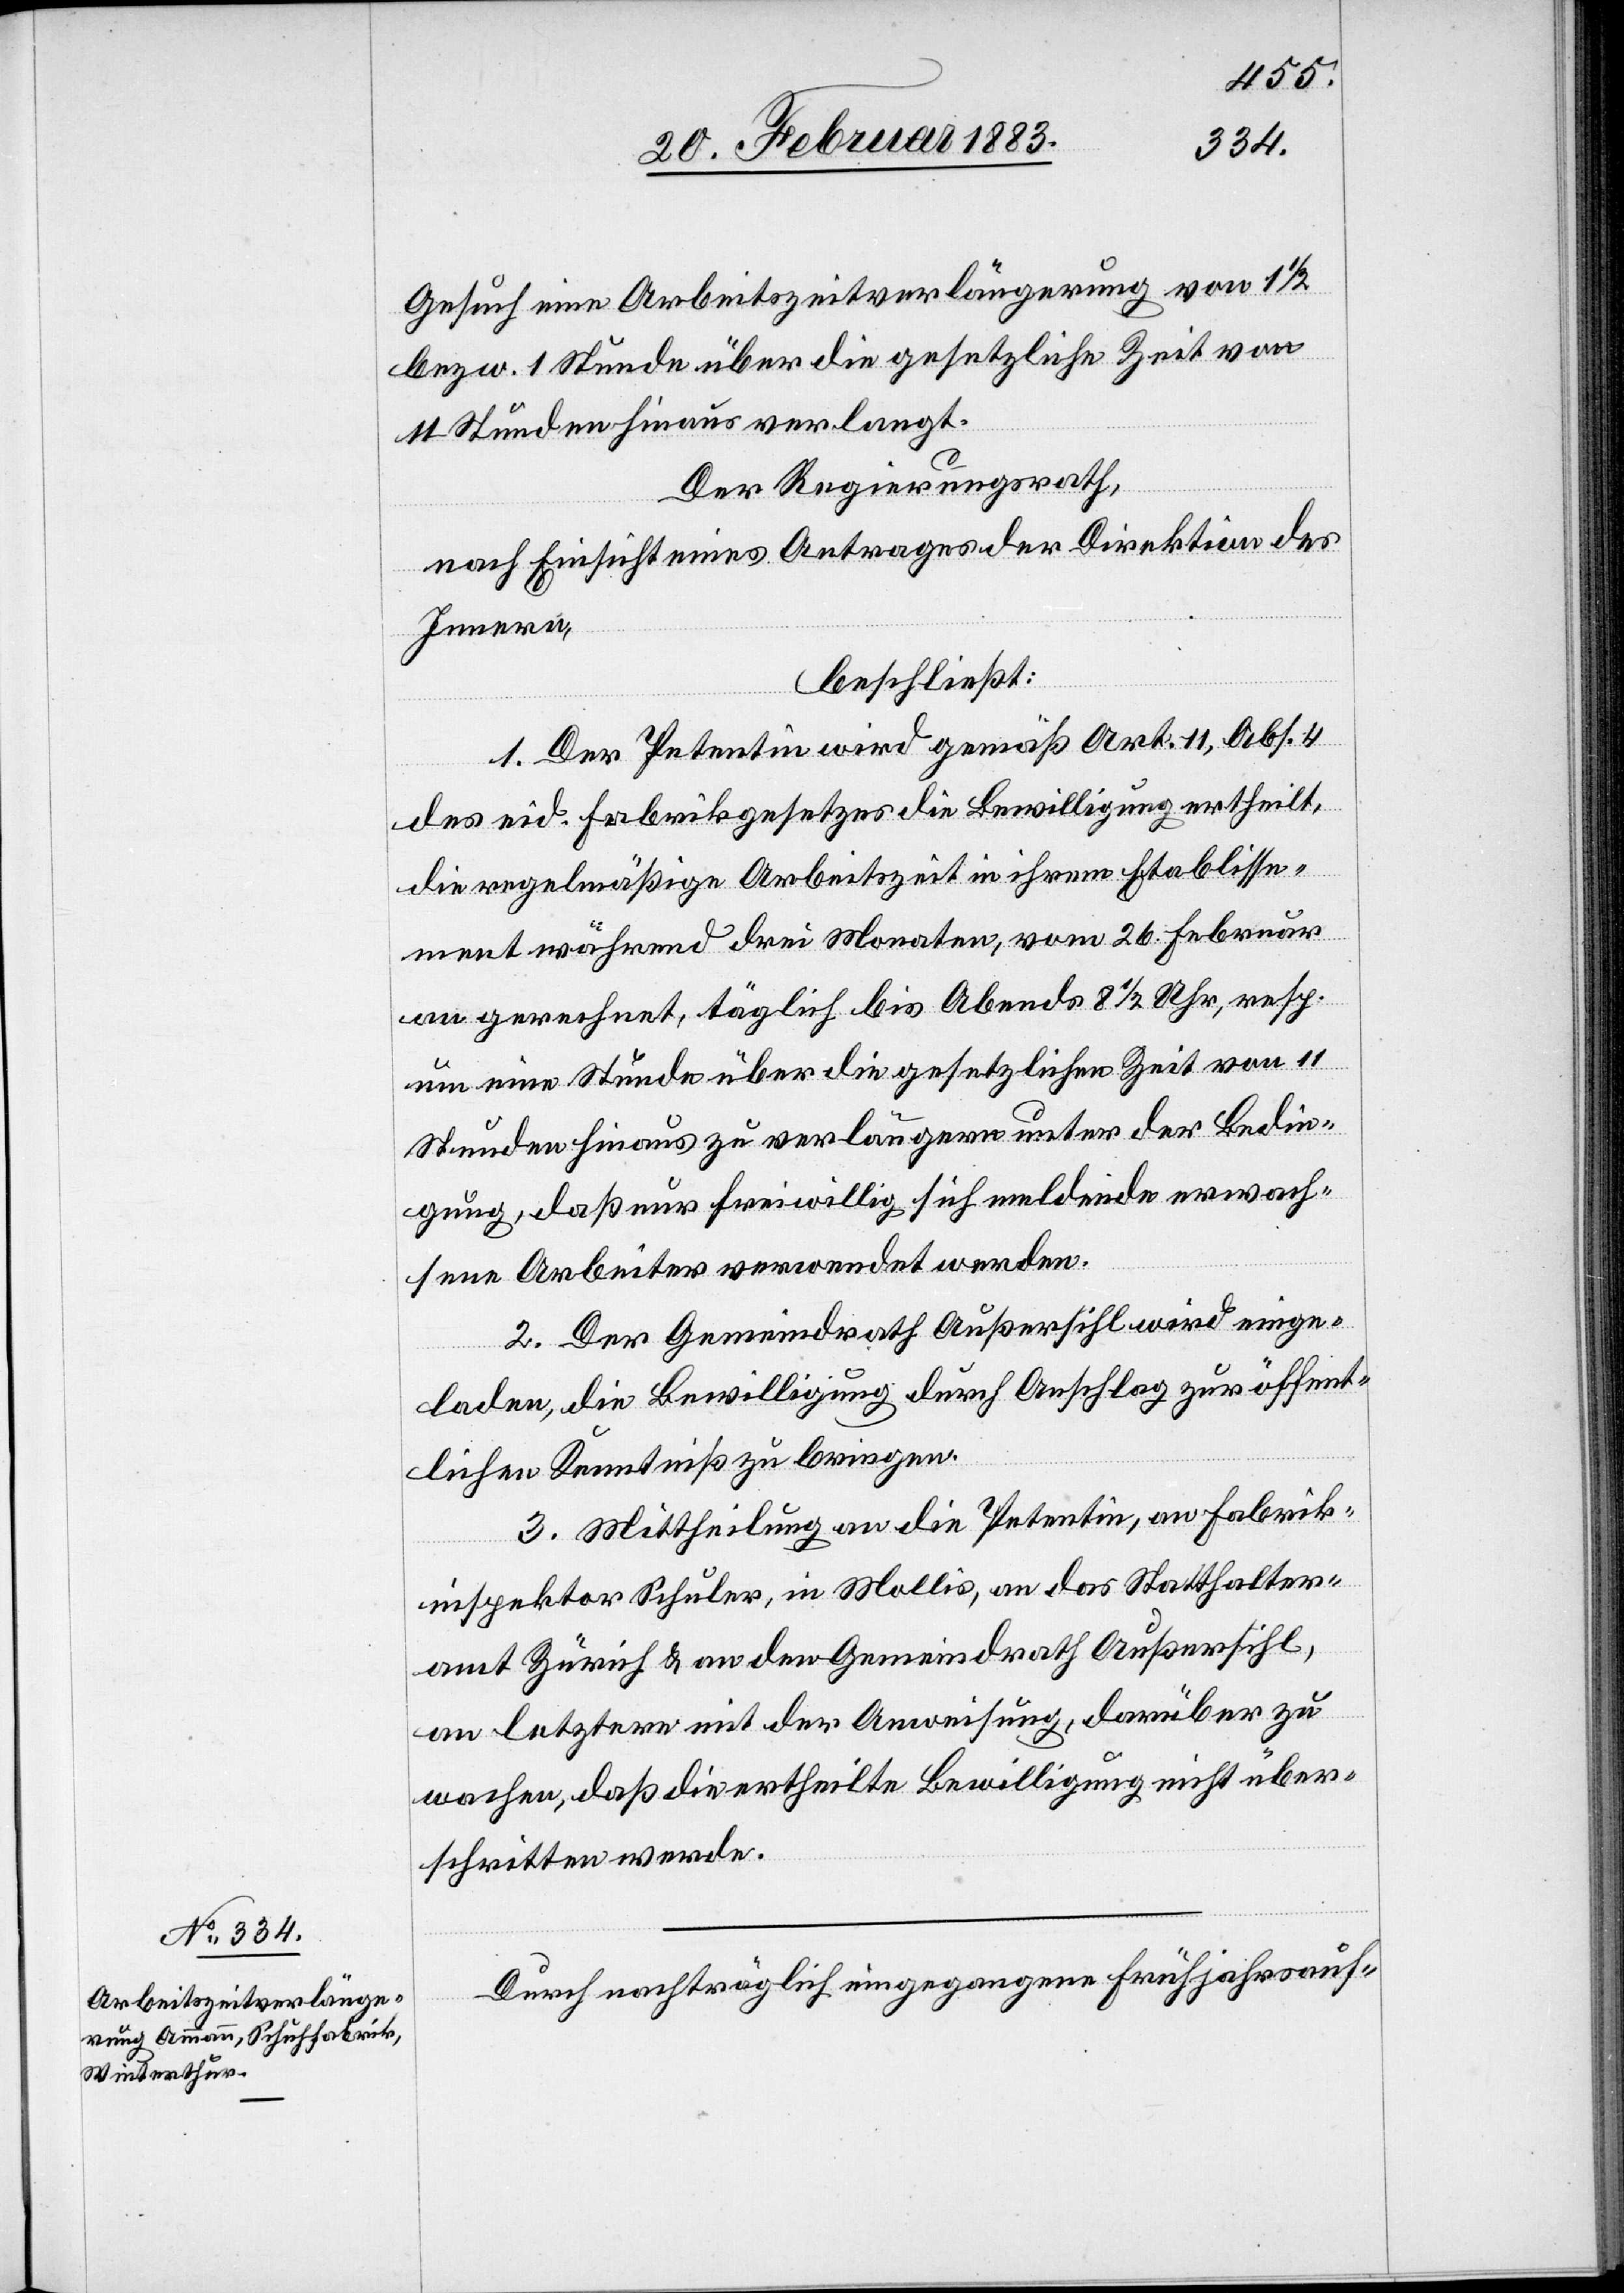
22. Februar 1883.]
Gesuch eine Arbeitszeitverlängerung von 1 1/2
bezw. 1 Stunde über die gesetzliche Zeit von
11 Stunden hinaus verlangt.
Der Regierungsrath,
nach Einsicht eines Antrages der Direktion des
Innern,
beschließt:
1. Der Petentin wird gemäß Art. 11, Abs. 4
des eid. Fabrikgesetzes die Bewilligung ertheilt,
die regelmäßige Arbeitszeit in ihrem Etablisse¬
ment während 3 Monaten, vom 26. Februar
an gerechnet, täglich bis Abends 8 1/2 Uhr, resp.
um eine Stunde über die gesetzliche Zeit von 11
Stunden hinaus zu verlängern unter der Bedin¬
gung, daß nur freiwillig sich meldende erwach¬
sene Arbeiter verwendet werden.
2. Der Gemeindrath Außersihl wird einge¬
laden, die Bewilligung durch Anschlag zur öffent¬
lichen Kenntniß zu bringen.
3. Mittheilung an die Petentin, an Fabrik¬
inspektor Schuler, in Mollis, an das Statthalter¬
amt Zürich & an den Gemeindrath Außersihl,
an letztere mit der Anweisung, darüber zu
wachen, daß die ertheilte Bewilligung nicht über¬
schritten werde.
Durch nachträglich eingegangene Frühjahrsauf-